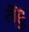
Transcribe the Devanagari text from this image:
तेंहु